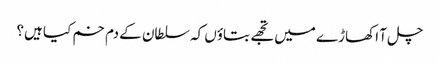
چل آ اکھاڑے میں تجھے بتاؤں کہ سلطان کے دم خم کیا ہیں؟